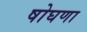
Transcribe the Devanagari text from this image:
षोघणा